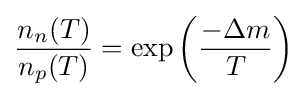
{\frac {n_{n}(T)}{n_{p}(T)}}=\exp \left({\frac {-\Delta m}{T}}\right)